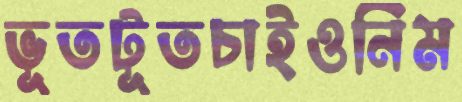
ভূতটূতচাইওনিম